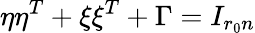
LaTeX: \eta\eta^{T}+\xi\xi^{T}+\Gamma=I_{r_{0}n}